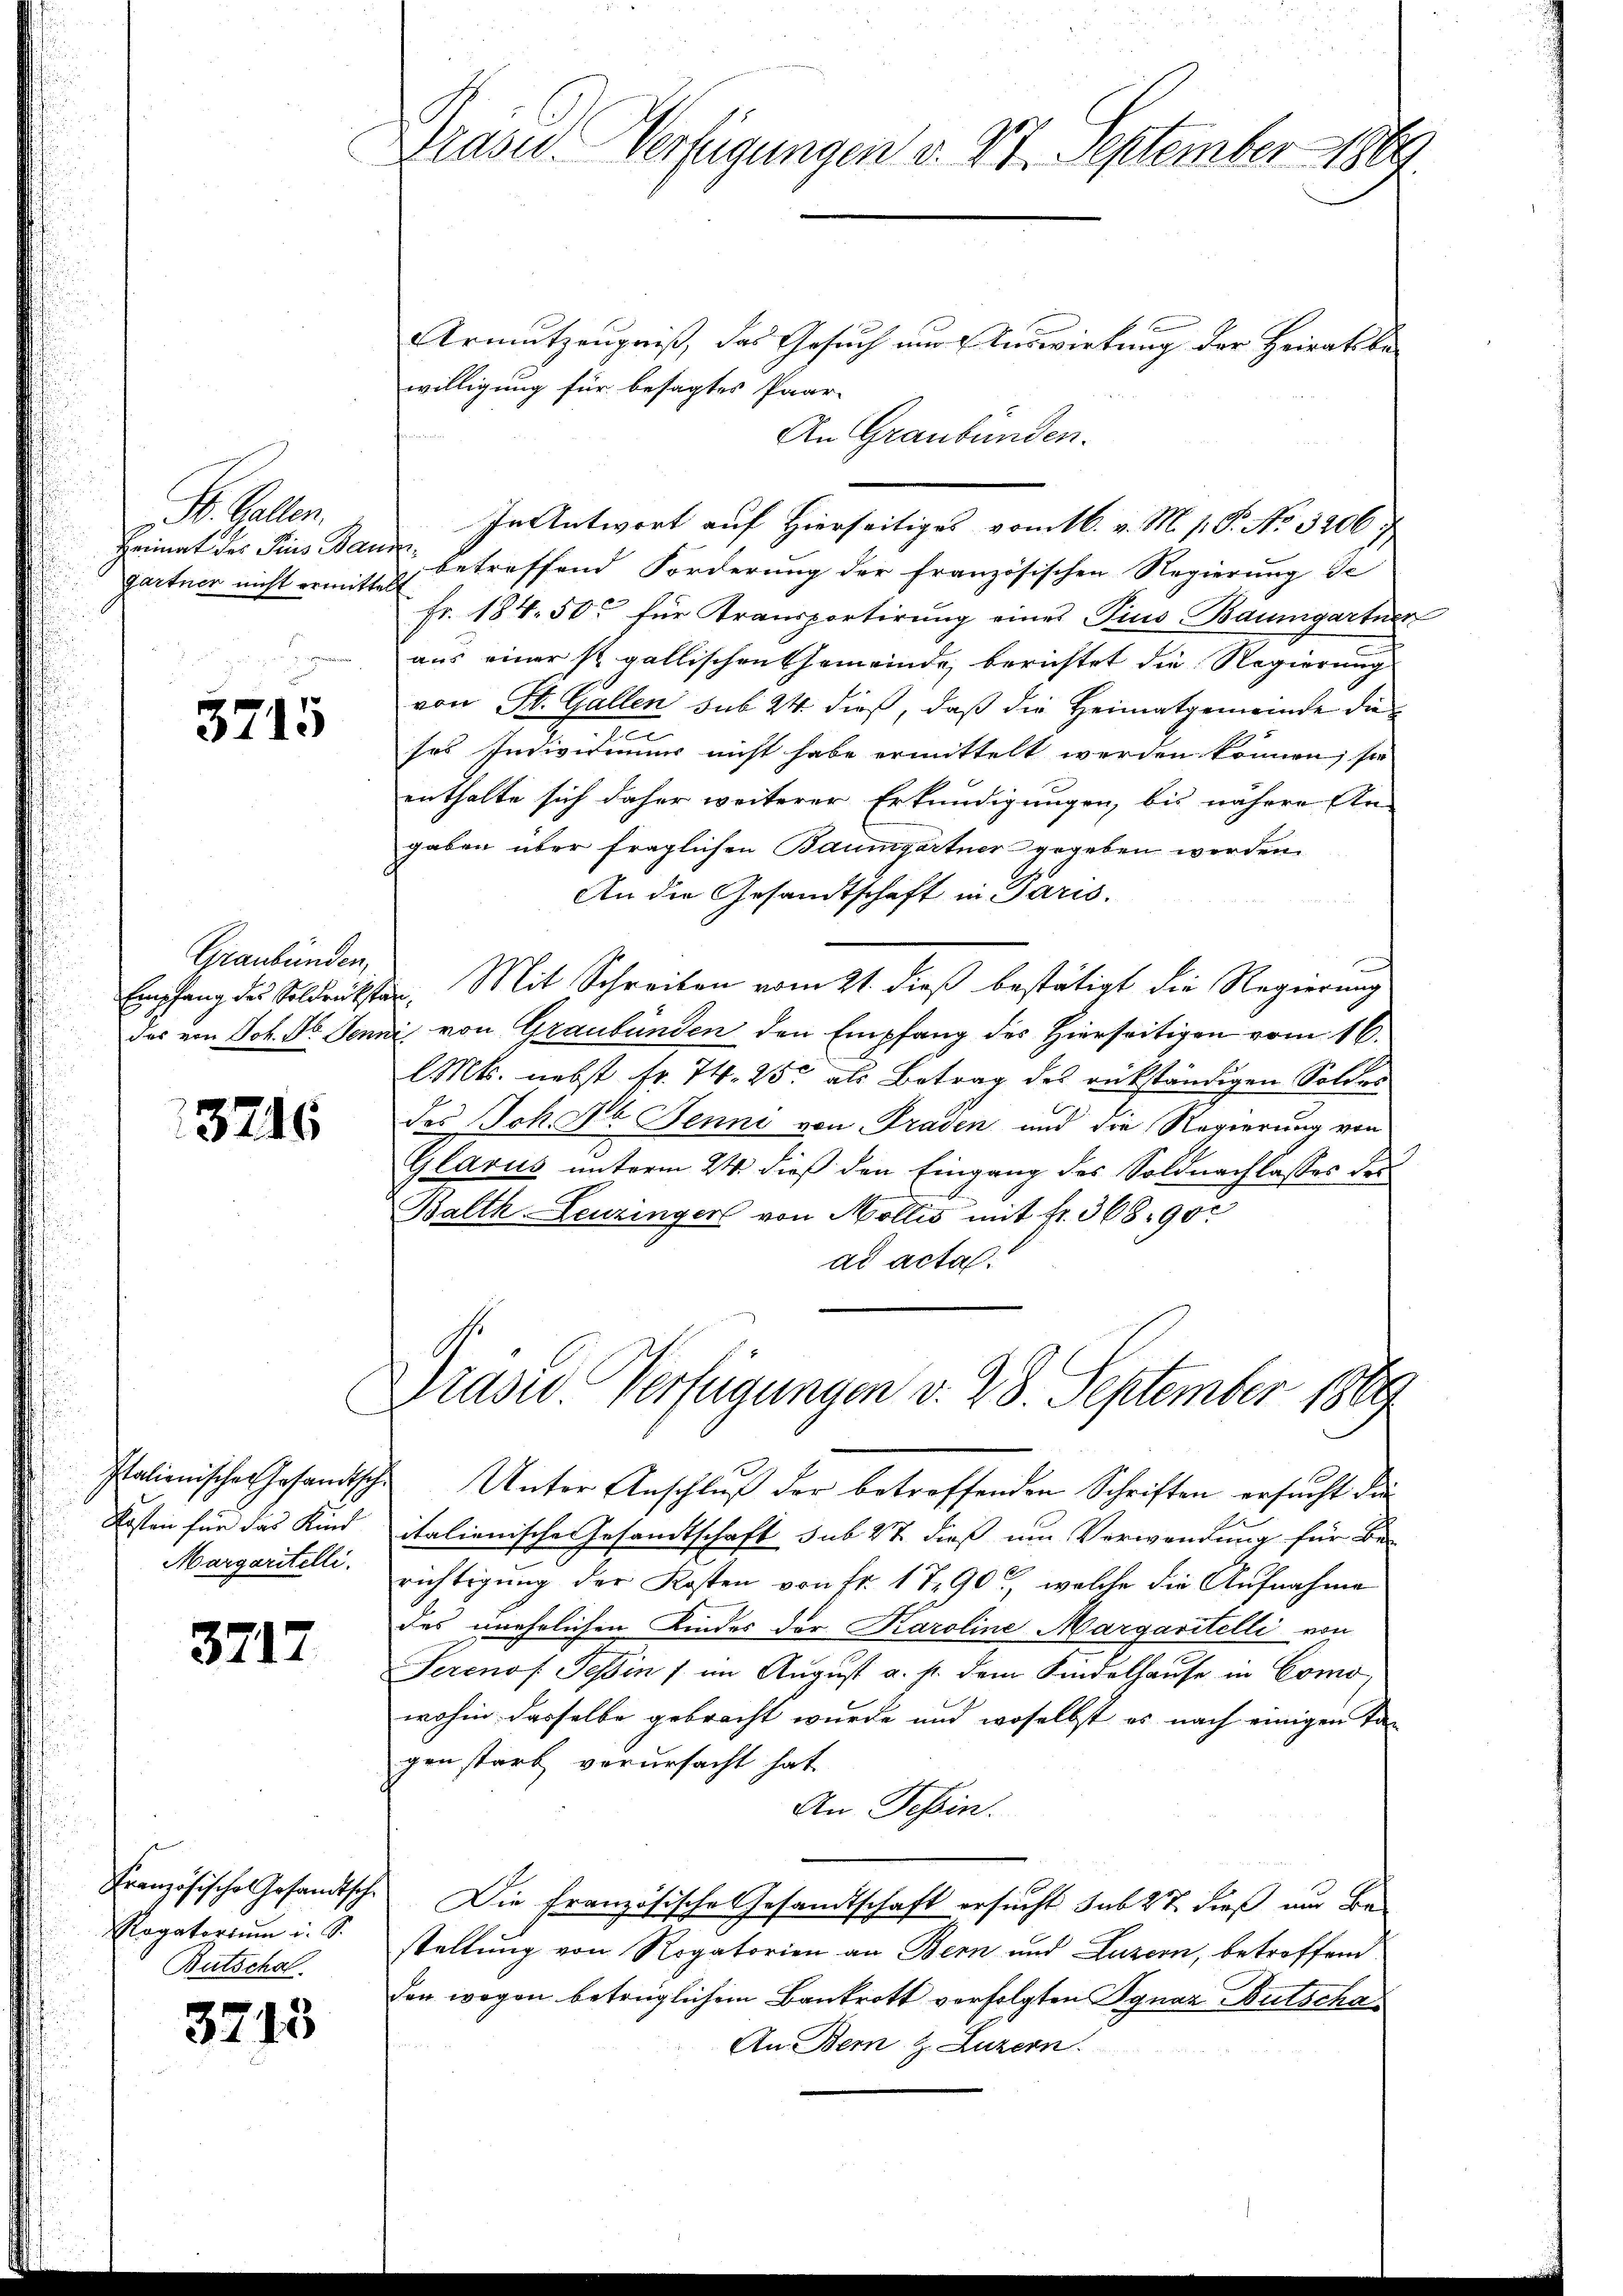
S. Gallen.
Heimat des Pius Bau
gartner nicht ermitt

3715

Graubünden,
Empfang des Soldrücksta¬

3716

Kosten für das Kind
Margaritilli

3717

Französisches Gesandtsch
Rogatorium i. S.
Butscha

3713

Praser-Verfügungen d. 27. September 1889

Armutzeugniß, das Gesuch nur Auswirkung der Heiratsbewilligung für besagtes Paar-
An Graubünden.
In Antwort auf Hierseitiges vom 16. v. M. h. T. No. 3206
. betreffend Forderung der französischen Regierung Si
 Fr. 184. 50 für Transportirung eines Pius Baumgartner
aus einer s. gallischen Gemeinde, berichtet die Regierung
von St. Gallen sub 24 dieß, daß die Heimatgemeinde die
ses Individuums nicht habe ermittelt werden können; sie
enthalte sich daher weiterer Erkundigungen, bis nähere An-
gaben über fraglichen Baumgartner gegeben werden.
An die Gesandtschaft in Paris.
u
. Mit Schreiben vom 21. dieß bestätigt die Regierung
das von Joh. St. Jenni von Graubünden den Empfang des Hierseitigen vom 16.
lMts. nebst fr. 74. 25. als Betrag des rükständigen Soldes
des Joh. Ab. Jenni von Traden und die Regierung von
Glarus unterm 24. dieß den Eingang des Soldnachlasses des
Balth-Leuzinger von Mollis mit fr. 368. 900
ad acta.
Prase Verfügungen v. 28. September 1889
Italienische Gesandtische Unter Anschlŭβ der betreffenden Schriften ersŭcht die
italienische Gesandtschaft sub 27 dieß um Verwendung für Be-
richtigung der Kosten von Fr. 1790, welche die Aufnahme
des unehrlichen Kindes der Karoline Margaritelli von
Serenof Tessin / im August a. p. dem Kindelhaŭse in Como
wohin dasselbe gebracht wurde und woselbst es nach einigen Tag
gen stark verursacht hat
An Tessin.
Die Französische Gesandtschaft ersucht sub 27 dieß und Be-
stellung von Rogatorien an Bern und Luzern, betroffend
den wegen betrüglichem Bankrott verfolgten Ignaz Butscha¬
An Bern z. Luzern